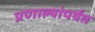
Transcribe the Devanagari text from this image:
प्रणाल्यांपर्यंत